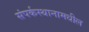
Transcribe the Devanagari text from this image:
संपर्कस्थानामधील